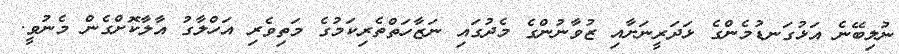
ނުލިބޭނެ އަޅުގަނޑުމެންގެ ޅަދަރީނަށާއި ޒުވާނުންގެ މެދުގައި ނަޒާހަތްތެރިކަމުގެ މަތިވެރި އަހްލާގު އާލާކޮށްގެން މެނުވީ.